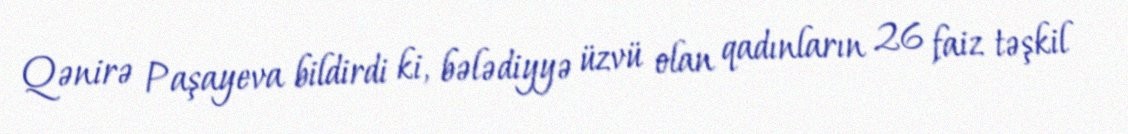
Qənirə Paşayeva bildirdi ki, bələdiyyə üzvü olan qadınların 26 faiz təşkil